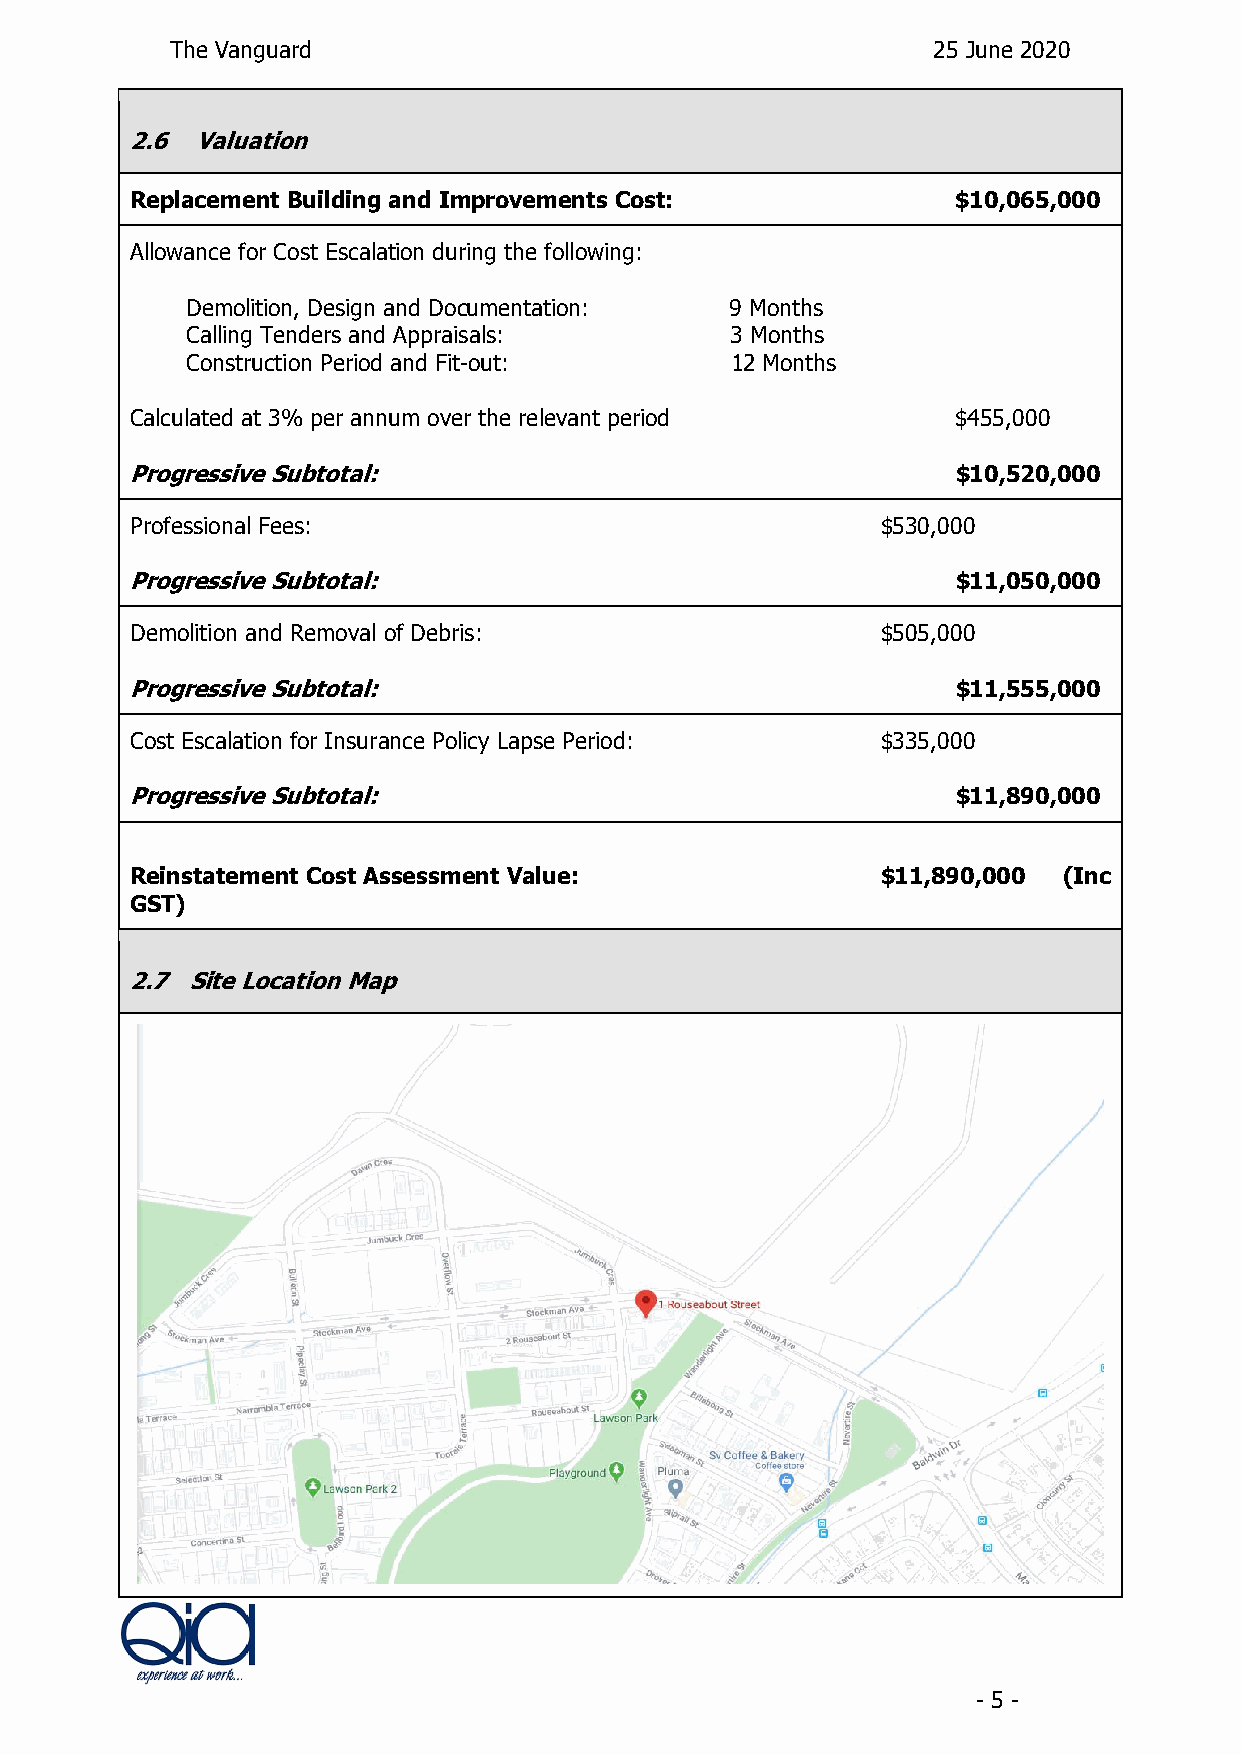
The Vanguard                                       25 June 2020
 2.6  Valuation
 Replacement Building and Improvements Cost:           $10,065,000
 Allowance for Cost Escalation during the following:
 Demolition, Design and Documentation: 9 Months
 Calling Tenders and Appraisals:     3 Months
 Construction Period and Fit-out:    12 Months
 Calculated at 3% per annum over the relevant period   $455,000
 Progressive Subtotal:                                  $10,520,000
 Professional Fees:                               $530,000
 Progressive Subtotal:                                  $11,050,000
 Demolition and Removal of Debris:                $505,000
 Progressive Subtotal:                                  $11,555,000
 Cost Escalation for Insurance Policy Lapse Period: $335,000
 Progressive Subtotal:                                  $11,890,000
 Reinstatement Cost Assessment Value:             $11,890,000 (Inc
 GST)
 2.7 Site Location Map
 - 5 -